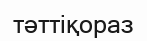
тәттіқораз